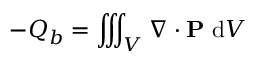
- Q _ { b } = \iiint _ { V } \nabla \cdot \mathbf { P } \ \mathrm { d } V